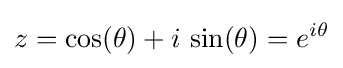
z=\cos(\theta )+i\,\sin(\theta )=e^{i\theta }